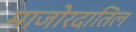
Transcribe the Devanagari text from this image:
माजोरदातिल